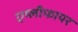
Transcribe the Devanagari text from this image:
एम्लीफायर